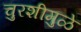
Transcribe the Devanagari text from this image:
चुरशीमुळे